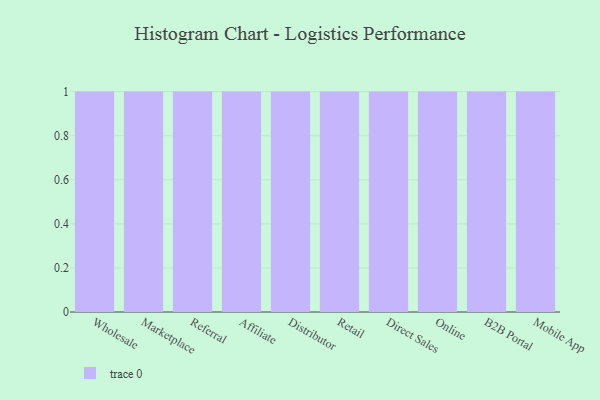
{"axis": {"x": "Channel", "y": "Production Output"}, "legend": [""], "data": [{"x": "Wholesale", "y": 100, "type": ""}, {"x": "Marketplace", "y": 20, "type": ""}, {"x": "Referral", "y": 24, "type": ""}, {"x": "Affiliate", "y": 62, "type": ""}, {"x": "Distributor", "y": 53, "type": ""}, {"x": "Retail", "y": 48, "type": ""}, {"x": "Direct Sales", "y": 43, "type": ""}, {"x": "Online", "y": 63, "type": ""}, {"x": "B2B Portal", "y": 7, "type": ""}, {"x": "Mobile App", "y": 18, "type": ""}]}